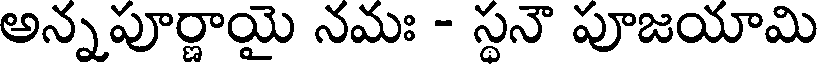
అన్నపూర్ణాయై నమః - స్థనౌ పూజయామి